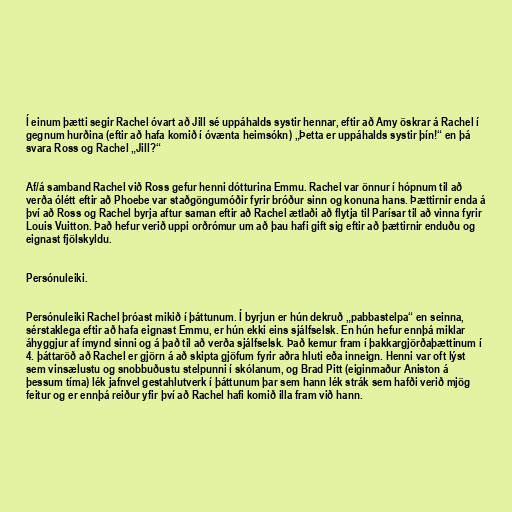
Í einum þætti segir Rachel óvart að Jill sé uppáhalds systir hennar, eftir að Amy öskrar á Rachel í
gegnum hurðina (eftir að hafa komið í óvænta heimsókn) „Þetta er uppáhalds systir þín!“ en þá
svara Ross og Rachel „Jill?“

Af/á samband Rachel við Ross gefur henni dótturina Emmu. Rachel var önnur í hópnum til að
verða ólétt eftir að Phoebe var staðgöngumóðir fyrir bróður sinn og konuna hans. Þættirnir enda á
því að Ross og Rachel byrja aftur saman eftir að Rachel ætlaði að flytja til Parísar til að vinna fyrir
Louis Vuitton. Það hefur verið uppi orðrómur um að þau hafi gift sig eftir að þættirnir enduðu og
eignast fjölskyldu.

Persónuleiki.

Persónuleiki Rachel þróast mikið í þáttunum. Í byrjun er hún dekruð „pabbastelpa“ en seinna,
sérstaklega eftir að hafa eignast Emmu, er hún ekki eins sjálfselsk. En hún hefur ennþá miklar
áhyggjur af ímynd sinni og á það til að verða sjálfselsk. Það kemur fram í þakkargjörðaþættinum í
4. þáttaröð að Rachel er gjörn á að skipta gjöfum fyrir aðra hluti eða inneign. Henni var oft lýst
sem vinsælustu og snobbuðustu stelpunni í skólanum, og Brad Pitt (eiginmaður Aniston á
þessum tíma) lék jafnvel gestahlutverk í þáttunum þar sem hann lék strák sem hafði verið mjög
feitur og er ennþá reiður yfir því að Rachel hafi komið illa fram við hann.